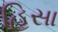
હિસા